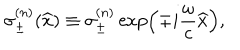
\sigma _ { \pm } ^ { ( n ) } ( \widehat { x } ) \equiv \sigma _ { \pm } ^ { ( n ) } \exp \left( \mp i \frac { \omega } { c } \widehat { x } \right) , \nonumber